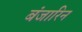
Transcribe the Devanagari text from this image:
बंजारिन